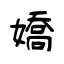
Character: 嬌